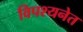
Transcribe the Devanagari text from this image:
विपश्यनेत